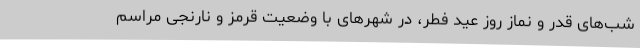
شب‌های قدر و نماز روز عید فطر، در شهر‌های با وضعیت قرمز و نارنجی مراسم